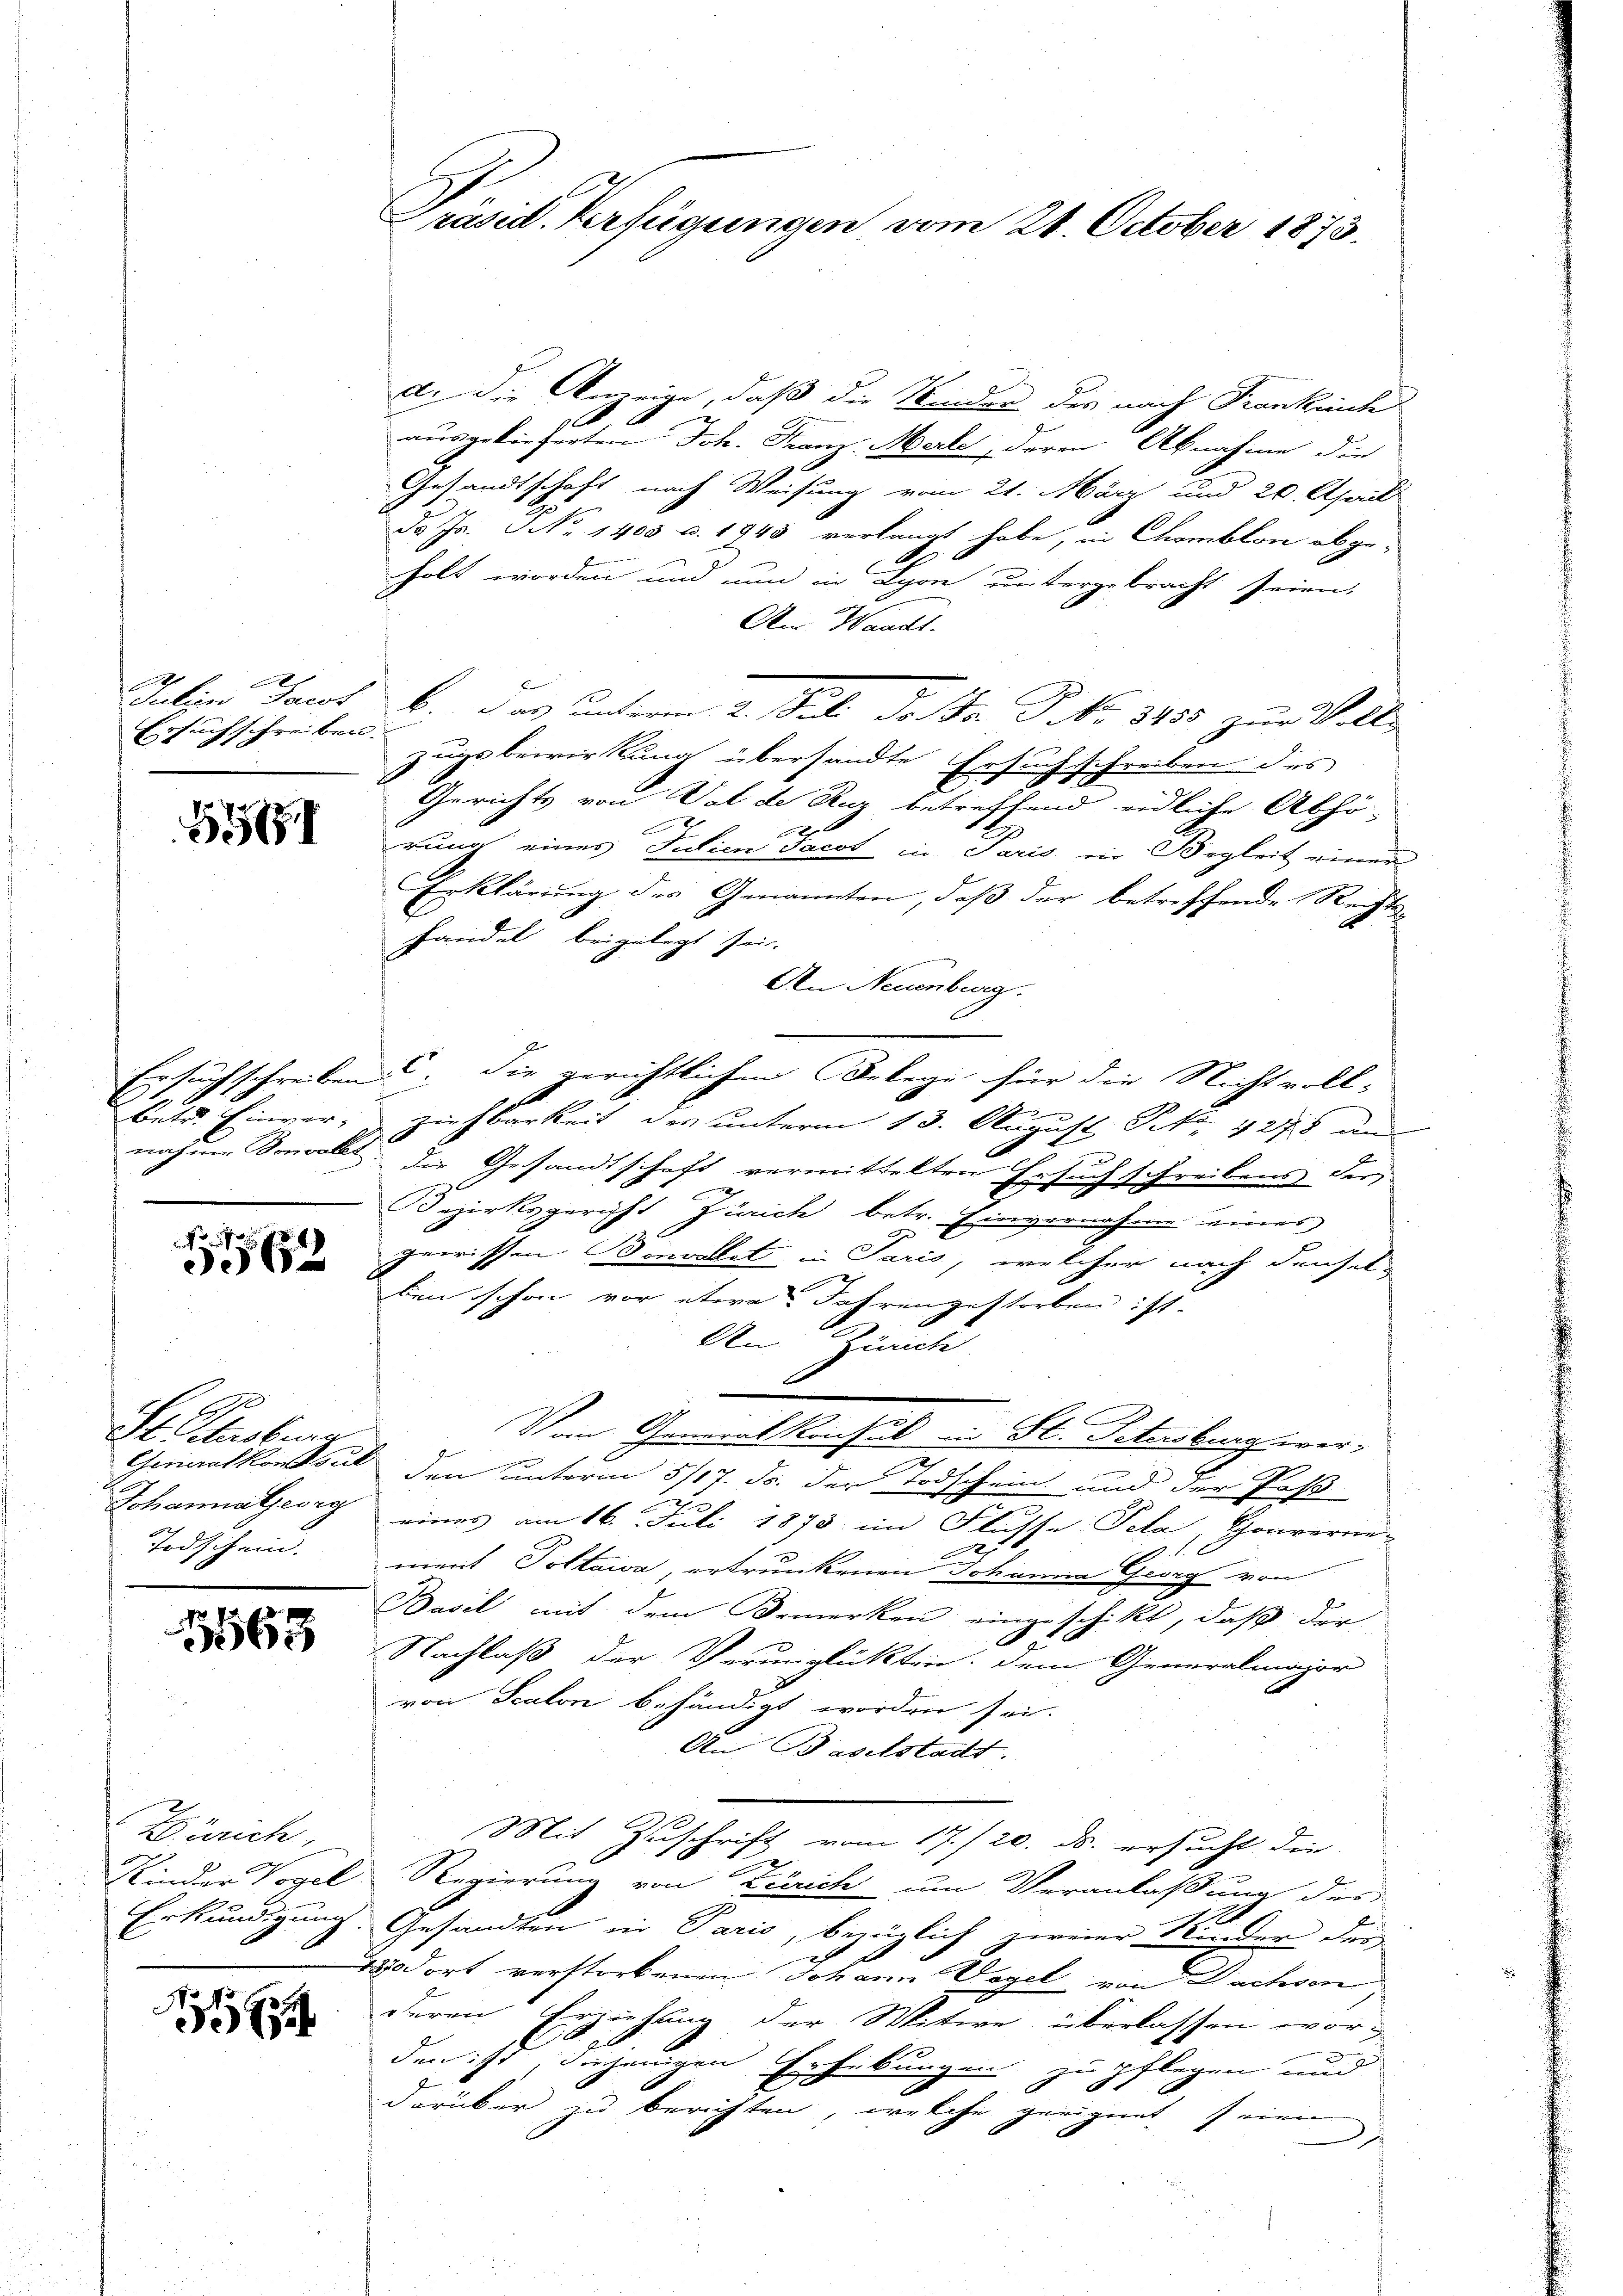
d
Julins Jacot
Ersuchschreiben

5181

Ersuch schreiben
betr. Einver-
nahme Sonvolls

1

St. Petersburg
Generalkonsue
Johannatjesg
Todschein.

563

Zürich,
Kinder Vogel
Erkundigung
d

Präsid. Verfügungen vom 21. October 1873.

d. Die Anzeige, daß die Kinder des nach Frankenhe
2
g
ausgelieferten Joh. Franz, Merle, deren Abnahme die
Gesandtschaft nach Weisung vom 21. März und 20. April
d. Js. NNo. 1403 u. 1945 verlangt habe, in Chamblon abge-
holt worden und nun in Lyon untergebracht seien,
An Waadt.
b. Das unterm 2. Juli d. Fr. P. No 3455 zur Voll-
zugsbewirkung übersandte Ersuch schreiben des
Gerichts von Val de Ruz betreffend eidliche Abhö-
x
x
rung eines Julien Jacot in Paris in Begleit einen
Erklärung des Genannten, daß der betreffende Rechtshandel beigelegt sei.
An Neuenburg.
c. Die gerichtlichen Belege für die Nichtvoll-
Ziehbarkeit des unterm 13. August, S. 4275 un
die Gesandtschaft vermittelten Ersuch schreibens der
Bezirksgericht Zürich betr. Einvernahme eines
2
gewissen Bonvallet in Paris, welcher nach densel
ben schon vor etwa Jahrengestorben ist.
An Zürich
F
Vom Generalkonsul in St. Petersburg werden unterm 5/17. ds. der Todschein und der Pos
F
eines am 16. Juli 1873 im Flusse Pela, Gouverne-
A
2
ment Pottawa, ertrunkenen Johanne Georg von
Basil mit dem Bemerken eingeschikt, daß der
Nachlaß der Verunglückten. Dem Generalmajor
von Scalon behändigt worden sei.
An Baselstadt.
Mit Zuschrift vom 17./20. ds. ersucht die
Regierung von Zürich um Veranlaßung des
Gesandten in Paris, bezüglich zweier Weider der
20 dort verstorbenen Johann Vogel von Dachsen
deren Erziehung der Witwe überlassen worden ist, diejenigen Erhebungen zu pflegen und
darüber zu berichten, welche geeignet seien